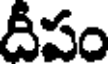
దీపం